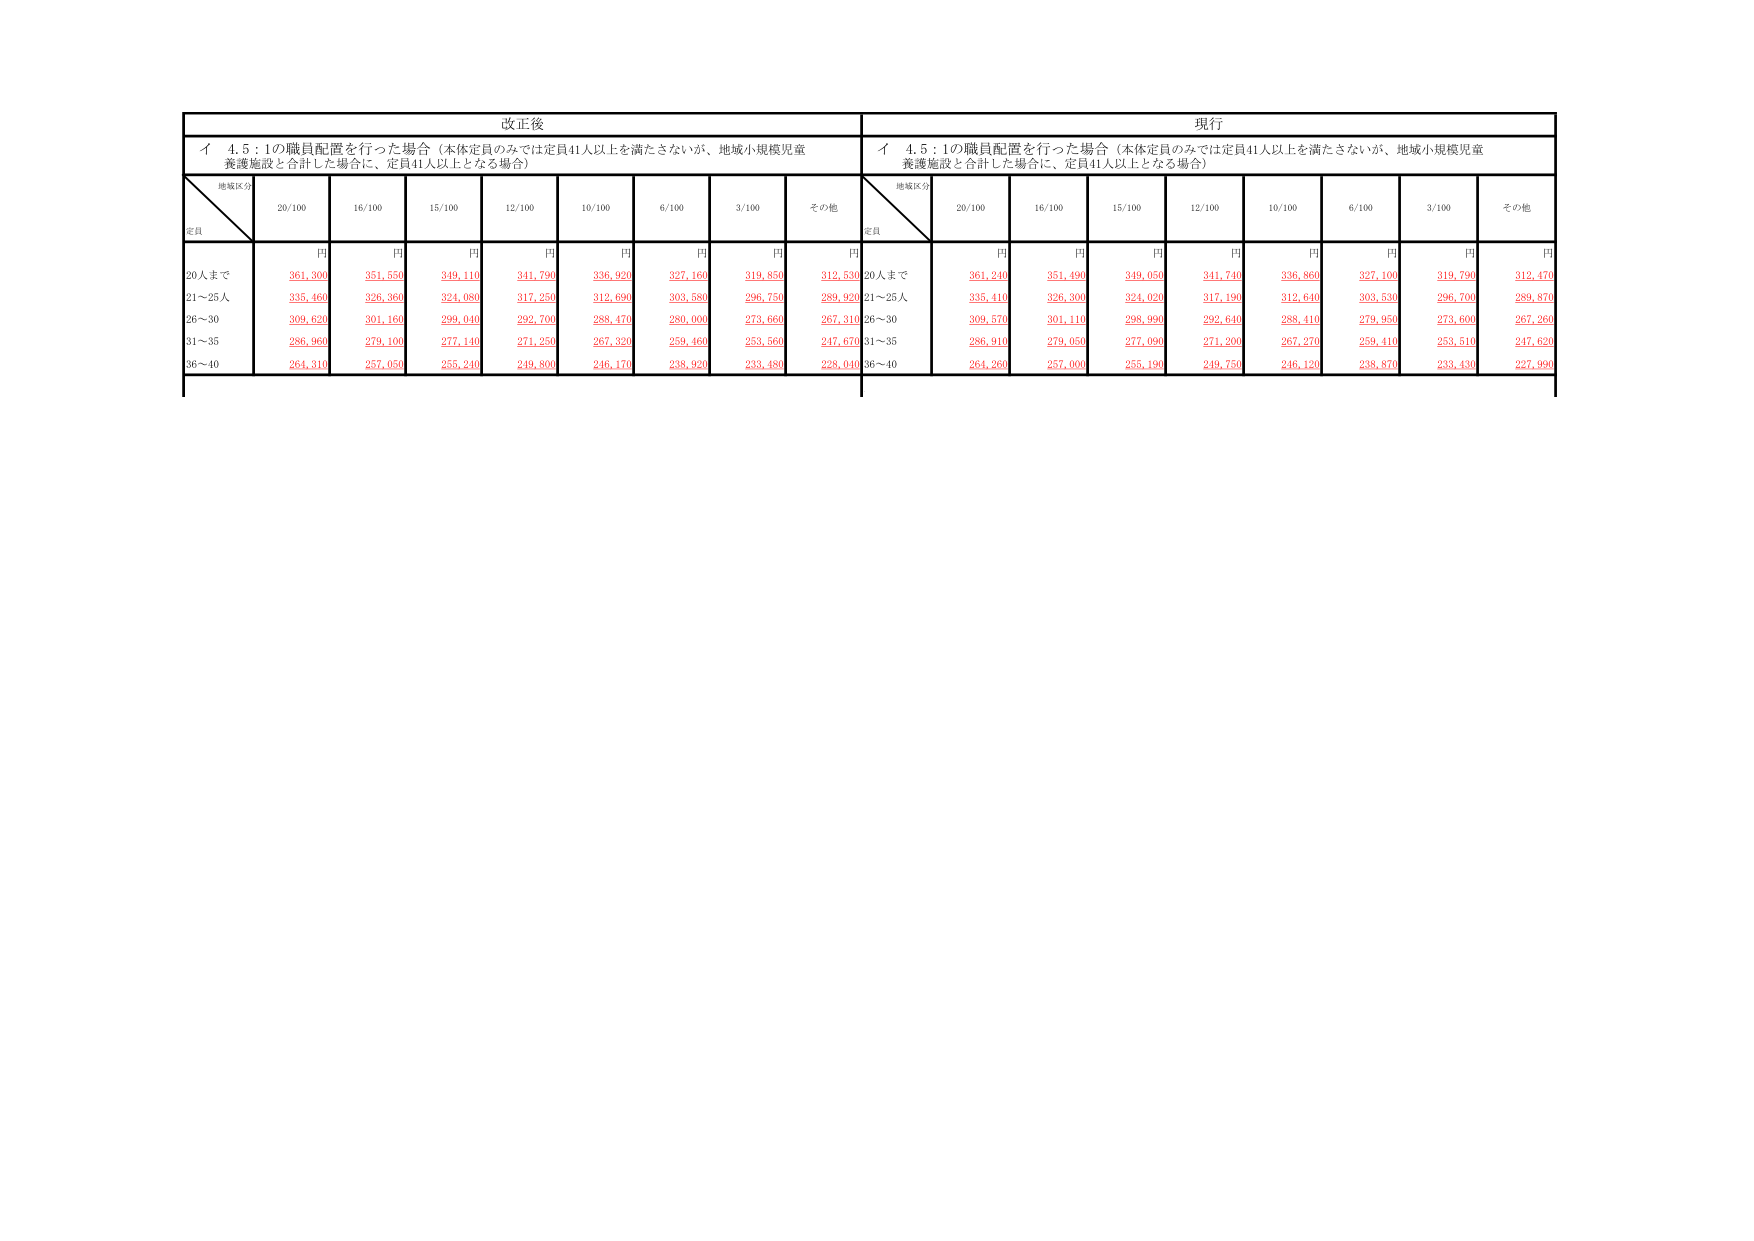
改正後
イ 4.5：1の職員配置を行った場合（本体定員のみでは定員41人以上を満たさないが、地域小規模児童養護施設と合計した場合に、定員41人以上となる場合）
地域区分
定員
20/100
16/100
15/100
12/100
10/100
6/100
3/100
その他
円
円
円
円
円
円
円
円
20人まで
361,300
351,550
349,110
341,790
336,920
327,160
319,850
312,530
21～25人
335,460
326,360
324,080
317,250
312,690
303,580
296,750
289,920
26～30
309,620
301,160
299,040
292,700
288,470
280,000
273,660
267,310
31～35
286,960
279,100
277,140
271,250
267,320
259,460
253,560
247,670
36～40
264,310
257,050
255,240
249,800
246,170
238,920
233,480
228,040
現行
イ 4.5：1の職員配置を行った場合（本体定員のみでは定員41人以上を満たさないが、地域小規模児童養護施設と合計した場合に、定員41人以上となる場合）
地域区分
定員
20/100
16/100
15/100
12/100
10/100
6/100
3/100
その他
円
円
円
円
円
円
円
円
20人まで
361,240
351,490
349,050
341,740
336,860
327,100
319,790
312,470
21～25人
335,410
326,300
324,020
317,190
312,640
303,530
296,700
289,870
26～30
309,570
301,110
298,990
292,640
288,410
280,000
273,600
267,260
31～35
286,910
279,050
277,090
271,200
267,270
259,410
253,510
247,620
36～40
264,260
257,000
255,190
249,750
246,120
238,870
233,430
227,990